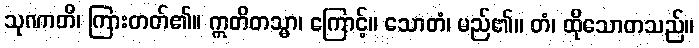
သုဏာတိ၊ ကြားတတ်၏။ ဣတိတသ္မာ၊ ကြောင့်။ သောတံ၊ မည်၏။ တံ၊ ထိုသောတသည်။